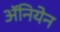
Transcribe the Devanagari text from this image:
अॅनियेन